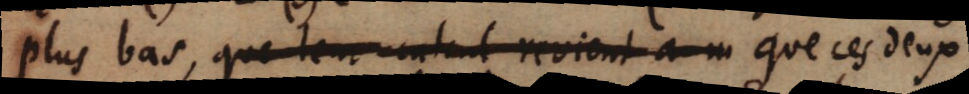
plus bas, que leur _ revient a un que ces deux